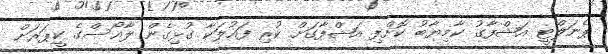
ޕެނަލްޓީ އަޝްފާގު ކާމިޔާބު ކޮށްފި އަޝްފާގަށް ކުރި ފައުލަކާ ގުޅިގެން ލާއޯސްގެ ކީޕަރަށް